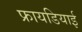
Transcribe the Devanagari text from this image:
फ्रायडियाई